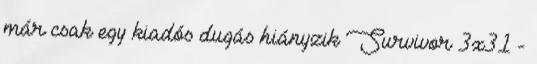
már csak egy kiadós dugás hiányzik Survivor 3x31 -